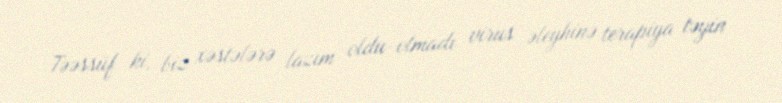
Təəssüf ki, biz xəstələrə lazım oldu-olmadı virus əleyhinə terapiya təyin